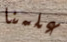
علمنا